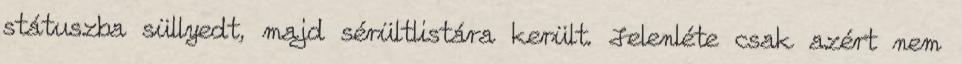
státuszba süllyedt, majd sérültlistára került. Jelenléte csak azért nem